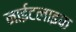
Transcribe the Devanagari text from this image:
नाईटलाइफ